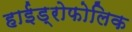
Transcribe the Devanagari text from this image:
हाईड्रोफोलिक